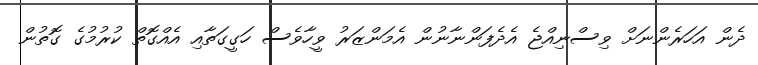
ދެން އަހަރެންނަށް ވިސްނިއްޖެ އެދެފަންނާނުން އެމަންޒަރު ވީހާވެސް ހަގީގަތާއި އެއްގޮތް ކުރުމުގެ ގޮތުން